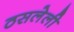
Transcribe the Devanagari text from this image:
ठसलेली